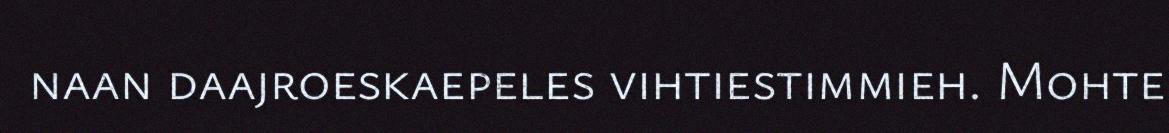
naan daajroeskaepeles vihtiestimmieh. Mohte